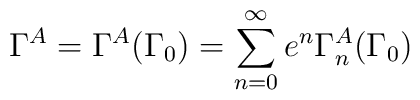
\Gamma^{A}=\Gamma^{A}(\Gamma_{0})=\sum_{n=0}^{\infty}e^{n}\Gamma_{n}^{A}(\Gamma_{0})